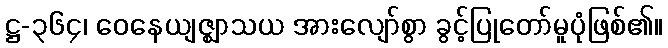
ဋ္ဌ-၃၆၄၊ ဝေနေယျဇ္ဈာသယ အားလျော်စွာ ခွင့်ပြုတော်မူပုံဖြစ်၏။